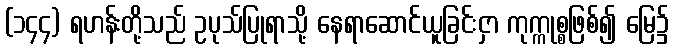
(၁၄၄) ရဟန်းတို့သည် ဥပုသ်ပြုရာသို့ နေရာဆောင်ယူခြင်းငှာ ကုက္ကုစ္စဖြစ်၍ မြေ၌